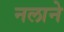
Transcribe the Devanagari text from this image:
नलाने